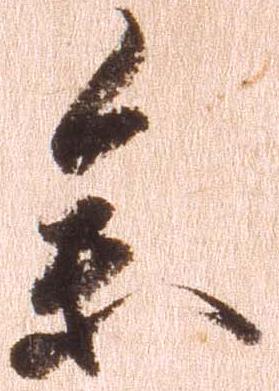
参